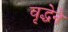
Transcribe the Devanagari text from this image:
वृद्धेने